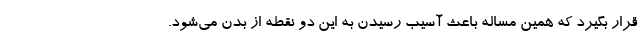
قرار بگیرد که همین مساله باعث آسیب رسیدن به این دو نقطه از بدن می‌شود.